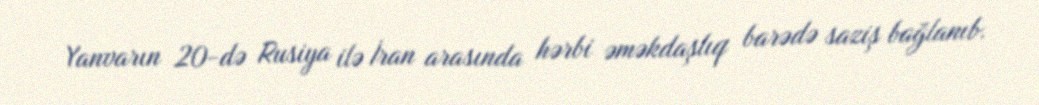
Yanvarın 20-də Rusiya ilə İran arasında hərbi əməkdaşlıq barədə saziş bağlanıb.